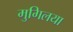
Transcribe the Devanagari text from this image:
मुगिलया